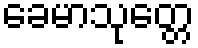
ခေမာသုတ္တေ